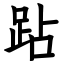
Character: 跕